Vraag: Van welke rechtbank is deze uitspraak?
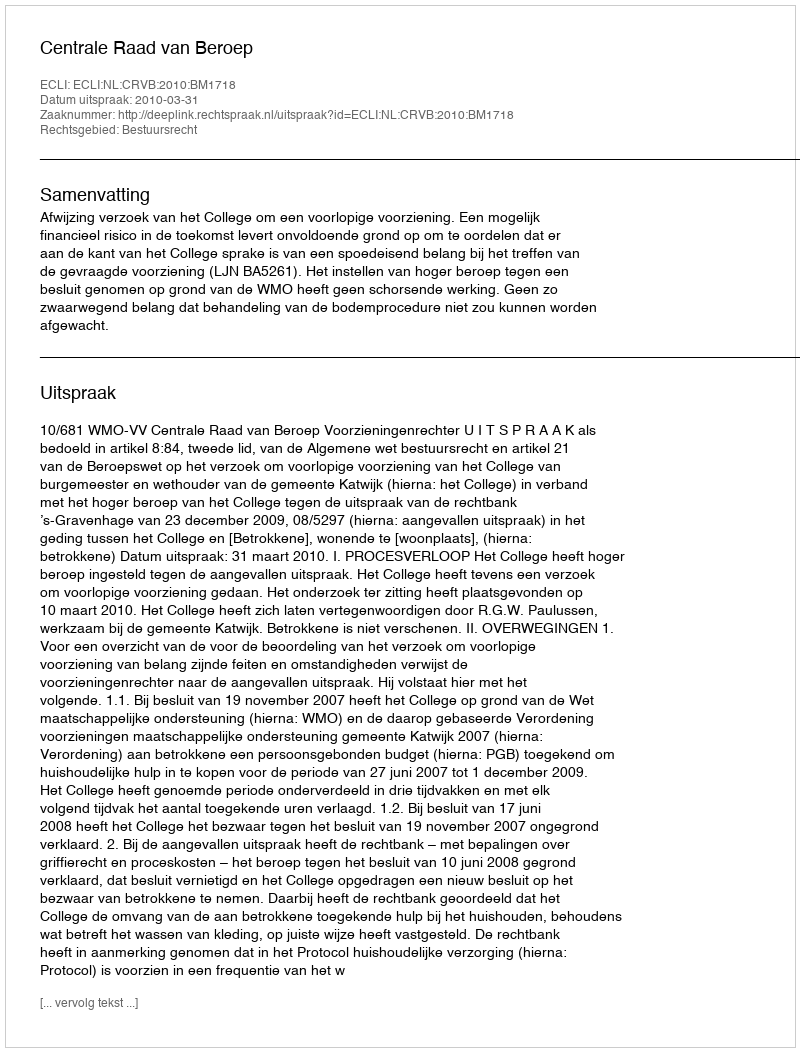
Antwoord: Centrale Raad van Beroep